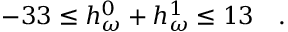
- 3 3 \le h _ { \omega } ^ { 0 } + h _ { \omega } ^ { 1 } \le 1 3 \ \ \ .